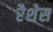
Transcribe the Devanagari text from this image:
रैशेस